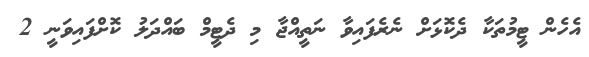
އެހެން ޓީމުތަކާ ދެކޮޅަށް ނެރެފައިވާ ނަތީއްޖާ މި ދެޓީމް ބައްދަލު ކޮށްފައިވަނީ 2